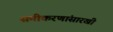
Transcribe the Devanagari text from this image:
समीकरणांसारखी